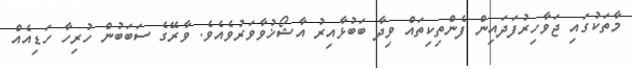
މާތަކުގައި ޖަވާހިރުފަދައިން ފެންތިކިތައް ވިދާ ބަބުޅާއިރު އާޝޯޚުވާވަރުވެއެވެ. ވާރޭގެ ސަބަބުން ހުރިހާ ހަޑިއެއް